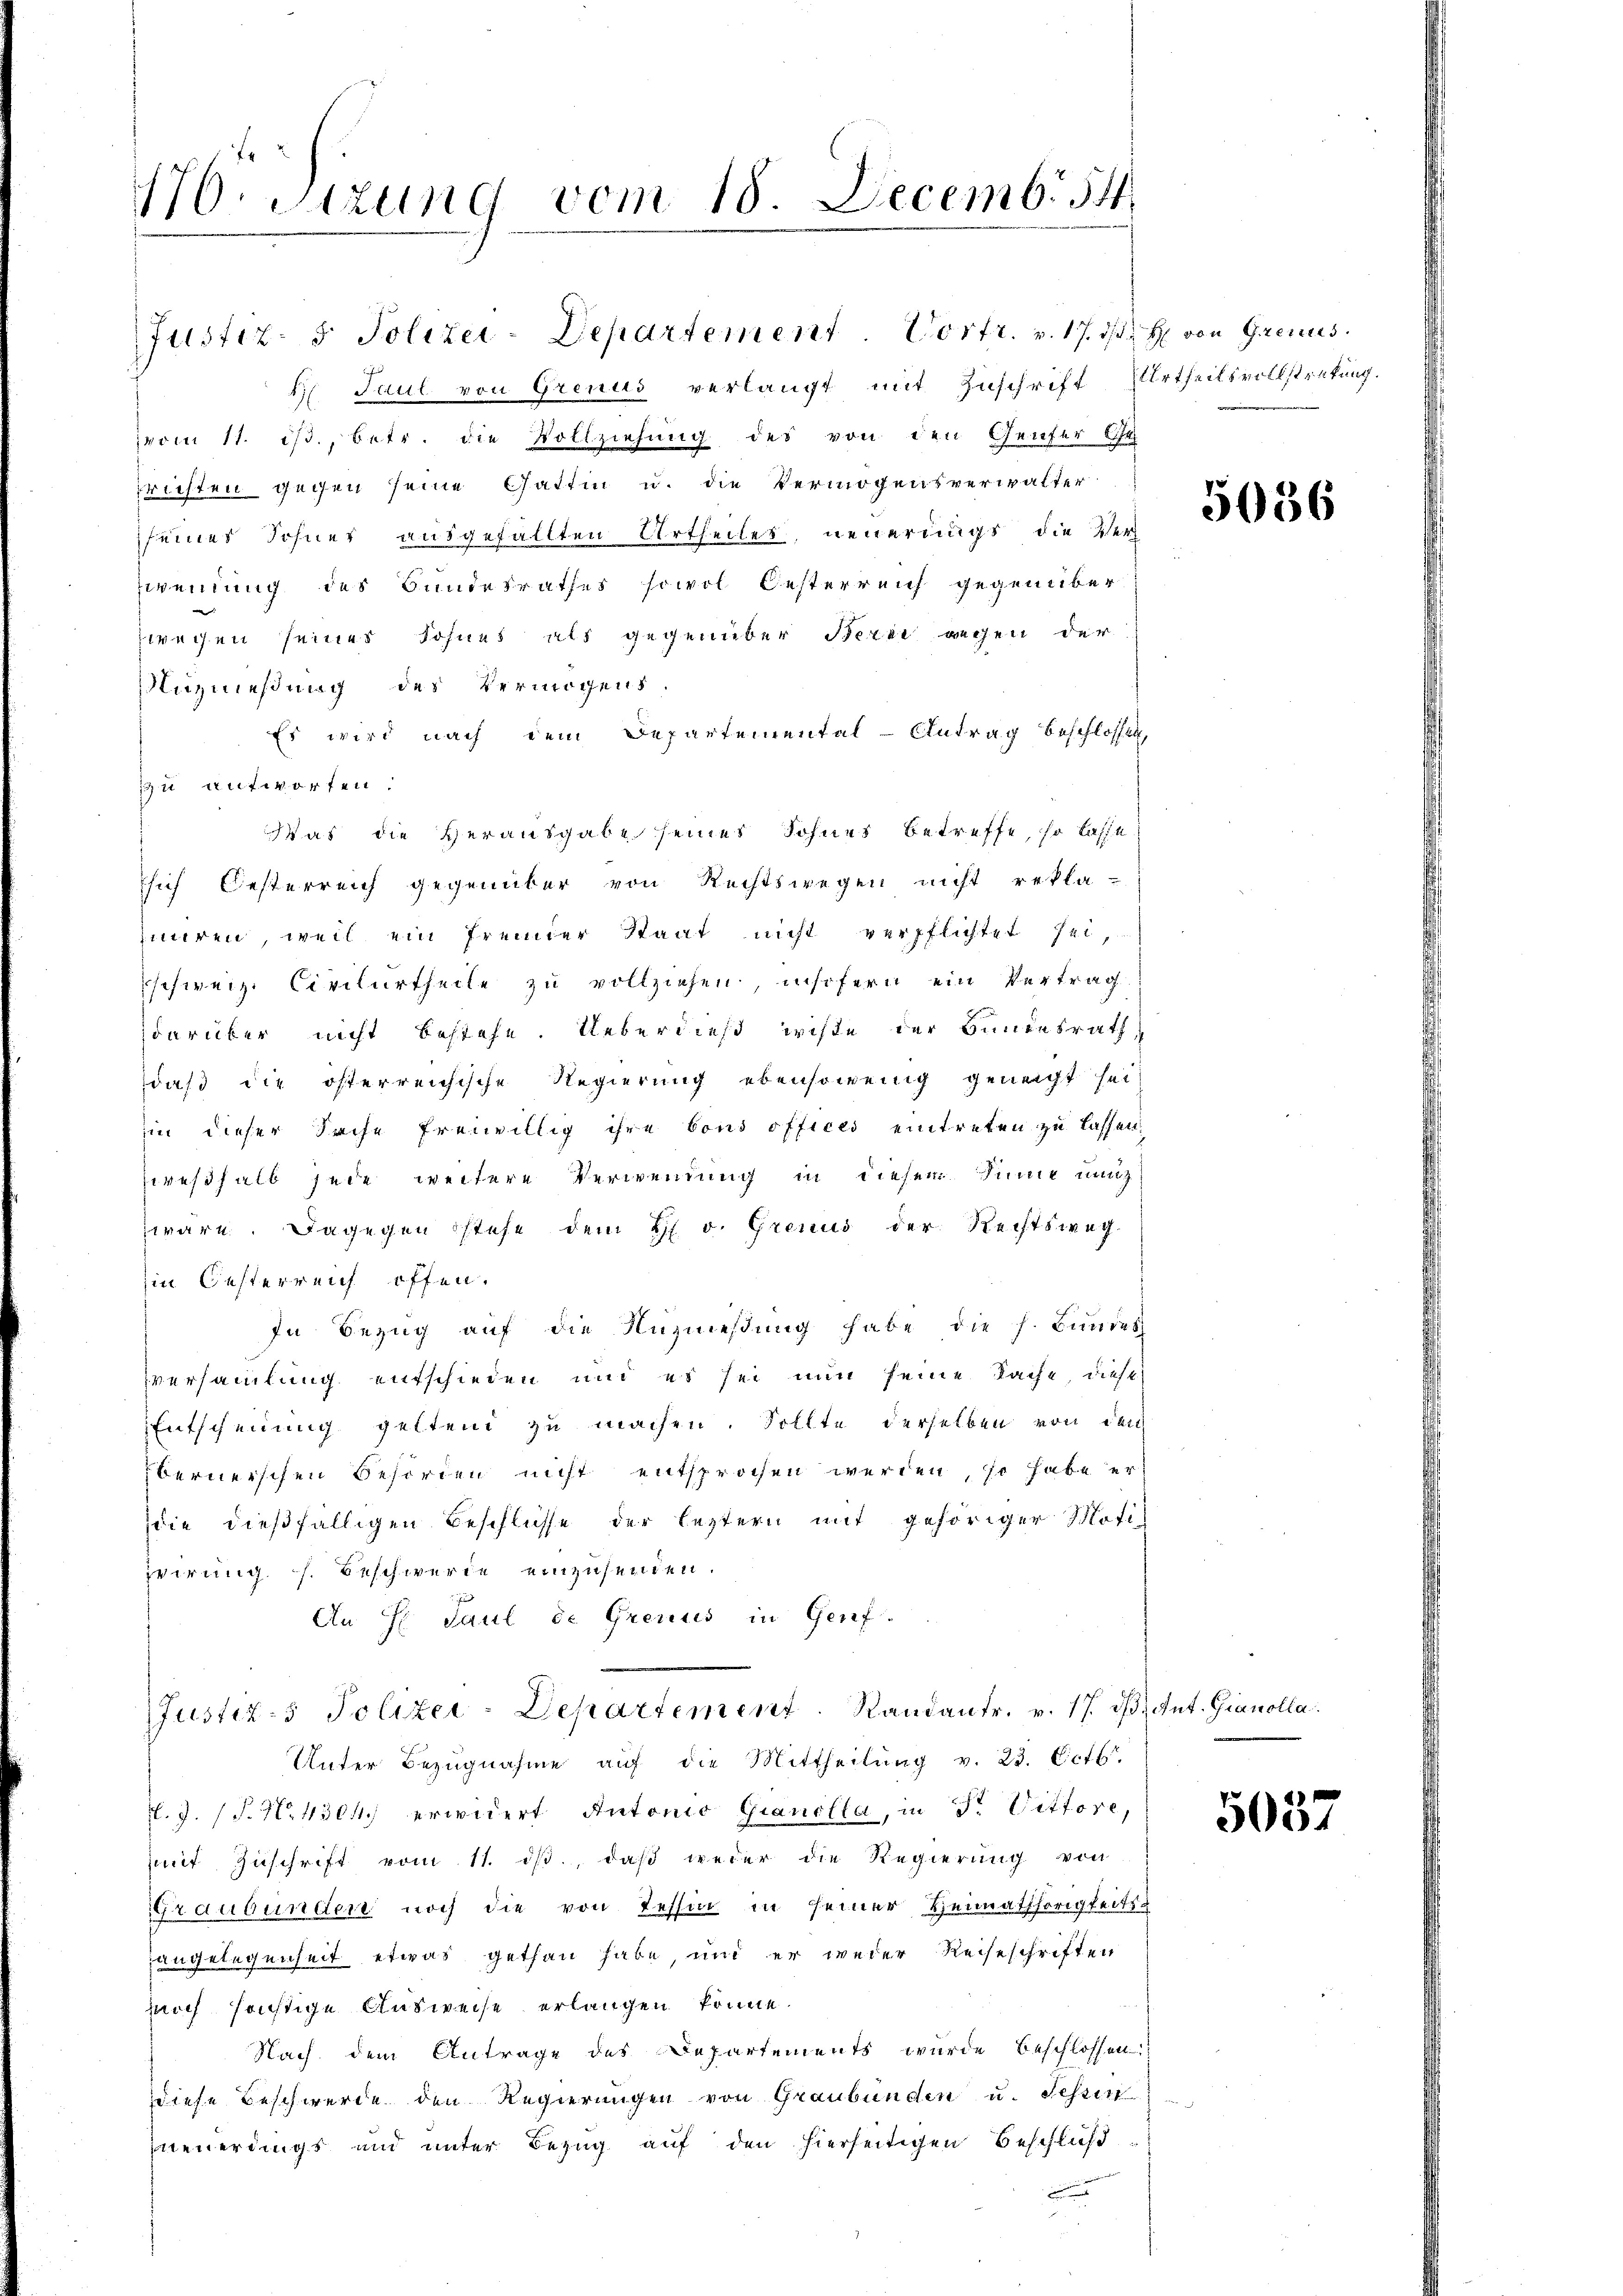
176. Sitzung vom 18. Decemb. 84

H Paul von Grenus verlangt mit Zuschrift Urtheilsvollstretung.
vom 11. ist, betr. die Vollziehung des von den Genfer Ge
richten gegen seine Gattin u. die Vermögensverwalter
seines Sohner ausgefällten Urtheiles, neuerungs die Ver
zweiung des Bundesrathes sowol Oesterreich gegenüber
wrechen seines Sohnes als gegenüber Berei wegen der
uznießung des Vermögens
Es wird nach dem Departemental-Antrag beschlossen
zu antworten.
Was die Herausgabe seines Sohnes betreffe, so lasse
sich Oesterreich gegenüber von Rechtswegen nicht rekla-
zieren, weil ein fremder Staat nicht verpflichtet sei,
schweiz. Civilurtheile zu vollziehen, insofern ein Vertrag
darüber nicht bestehe. Ueberdieß wiße der Bundesrath,
daß die österreichische Regierung ebensowenig geneigt seit
in dieser Sache freiwillig ihre Cons offices eintreten zu lassen.
zweßhalb jede weitere Verwendung in diesem Sinne nunz
wäre. Dagegen stehe dem H. v. Grenus der Rechtsweg-
in Oesterreich offen.
In Bezug auf die Nuzniessung habe die h. Bundes
versammlung entschieden und es sei nun seine Sache, diese
Entscheinung geltend zu machen. Sollte derselben von den
bernerschen Behörden nicht entsprochen werden, so habe er
die dießfälligen Beschlüsse der leztern mit gehöriger Moti
virung s. Beschwerde einzusenden.
An H. Paul de Grerus in Genf.
Justiz- Polizei-Departement. Randantr. v. 17. d. Ant. Gianolla
Unter Bezugnahme aŭf die Mittheilŭng v. 23. Octb.
l.J. (T. No. 430. erwidert Antonio Gianclla, in Fr. Vittore,
mit Zuschrift vom 11. dβ, daß weder die Regierung von
Graubünden noch die von Tessin in seiner Heimathörigkeits
angelegenheit etwas gethan habe, und er weder Reiseschriften
noch sonstige Ausweise erlangen könne.
Nach dem Antrage des Departements wurde beschlossen:
diese Beschwerde den Regierungen von Graubünden u. Schren
Ineuerdings und unter Bezug auf den hierseitigen Beschluß
n

Justiz- & Polizei-Departement. Vortr. v. 17. ds. H. von Grenus.

5056

5037